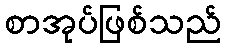
စာအုပ်ဖြစ်သည်